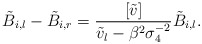
\begin{align*}\tilde{B}_{i,l}-\tilde{B}_{i,r} = \frac{[\tilde{v}]}{\tilde{v}_l-\beta^2\sigma_4^{-2}} \tilde{B}_{i,l}.\end{align*}